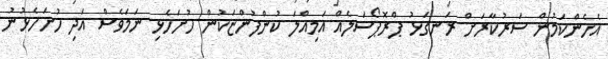
އެހެންކަމުން ސަރުކާރަށް ރަނގަޅު ޕްރޮޕޯސަލެއް އަމިއްލަ ކުންފުންޏަކުން ހުށަހެޅި ނަމަވެސް އަދި ހުށަހެޅުނު